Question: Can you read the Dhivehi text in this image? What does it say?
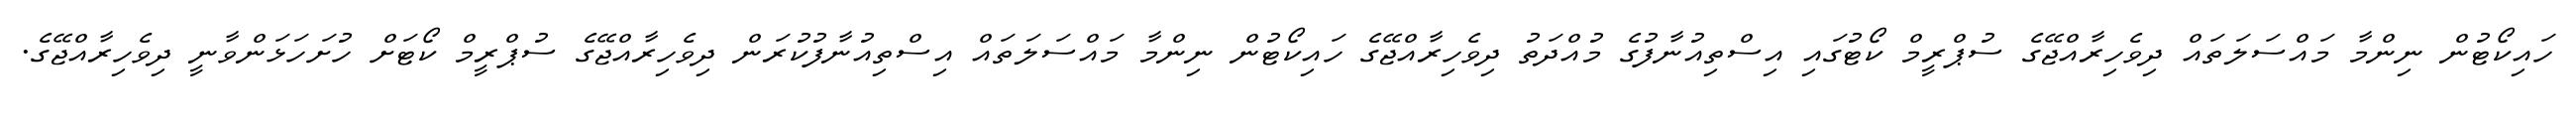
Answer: ހައިކޯޓުން ނިންމާ މައްސަލަތައް ދިވެހިރާއްޖޭގެ ސުޕްރީމް ކޯޓުގައި އިސްތިއުނާފުގެ މުއްދަތު ދިވެހިރާއްޖޭގެ ހައިކޯޓުން ނިންމާ މައްސަލަތައް އިސްތިއުނާފުކުރަން ދިވެހިރާއްޖޭގެ ސުޕްރީމް ކޯޓަށް ހުށަހަޅަންވާނީ ދިވެހިރާއްޖޭގެ.